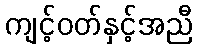
ကျင့်ဝတ်နှင့်အညီ